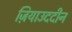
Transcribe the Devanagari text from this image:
ज़ियाउददीन